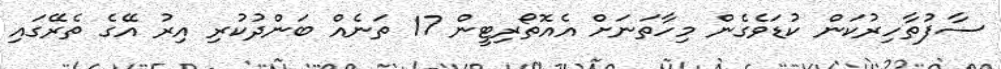
ސާފުތާހިރުކަން ކުޑަވެގެން މިހާތަނަށް އެއޮތޯރިޓީން 17 ތަނެއް ބަންދުކުރި އިރު އޭގެ ތެރޭގައި